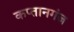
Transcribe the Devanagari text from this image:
कप्‍तानगंज